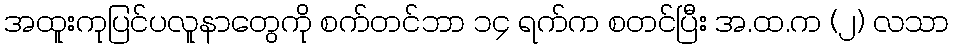
အထူးကုပြင်ပလူနာတွေကို စက်တင်ဘာ ၁၄ ရက်က စတင်ပြီး အ.ထ.က (၂) လသာ